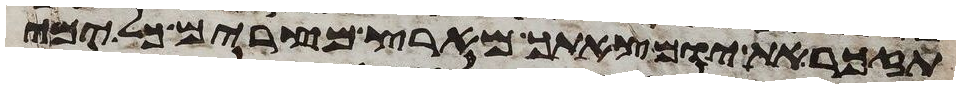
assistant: תזכר את יום צאתך מארץ מצרים כל ימי